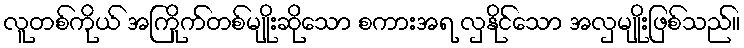
လူတစ်ကိုယ် အကြိုက်တစ်မျိုးဆိုသော စကားအရ လှနိုင်သော အလှမျိုးဖြစ်သည်။